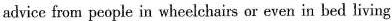
advice from people in wheelchairs or even in bed living